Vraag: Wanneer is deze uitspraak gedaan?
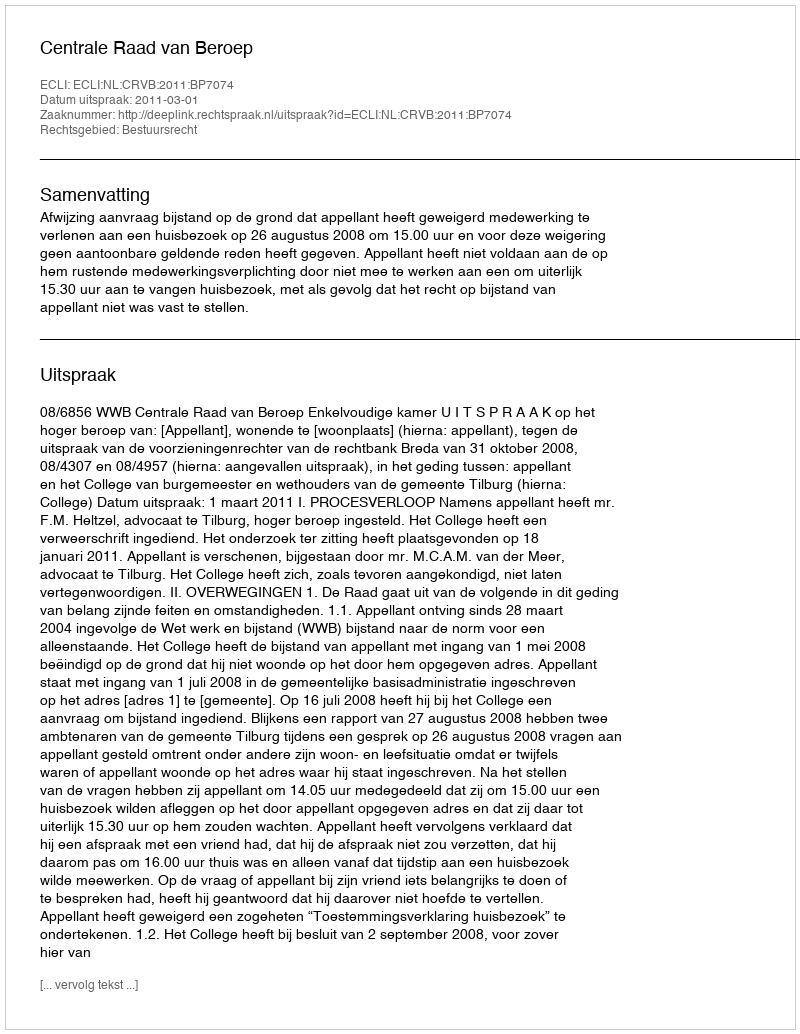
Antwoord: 2011-03-01